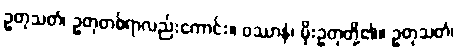
ဥတုသတံ၊ ဥတုတစ်ရာလည်းကောင်း။ ဝဿာနံ၊ မိုးဥတုတို့၏။ ဥတုသတံ၊